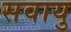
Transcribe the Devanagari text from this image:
सवायु